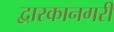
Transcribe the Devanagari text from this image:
द्वारकानगरी